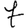
Digit: 7